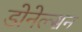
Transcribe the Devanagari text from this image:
डोनेल्सन